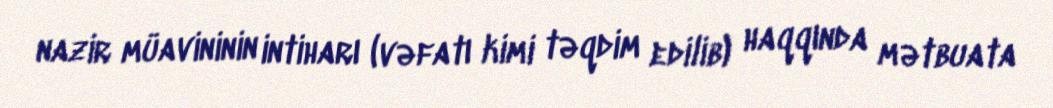
nazir müavininin intiharı (vəfatı kimi təqdim edilib) haqqında mətbuata